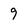
Character: 9